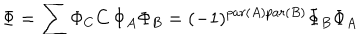
\Phi = \sum \Phi _ { C } C \, \Phi _ { A } \Phi _ { B } = ( - 1 ) ^ { p a r ( A ) p a r ( B ) } \Phi _ { B } \Phi _ { A }